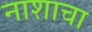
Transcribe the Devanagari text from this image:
नाशाचा